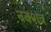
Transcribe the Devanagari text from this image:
नक्शत्र